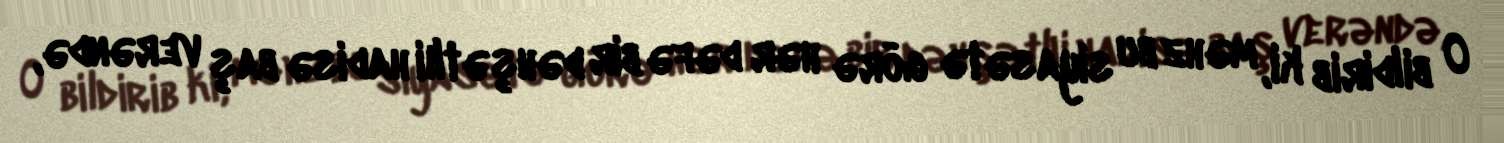
O bildirib ki, məhz bu siyasətə görə hər dəfə bir dəhşətlıi hadisə baş verəndə,